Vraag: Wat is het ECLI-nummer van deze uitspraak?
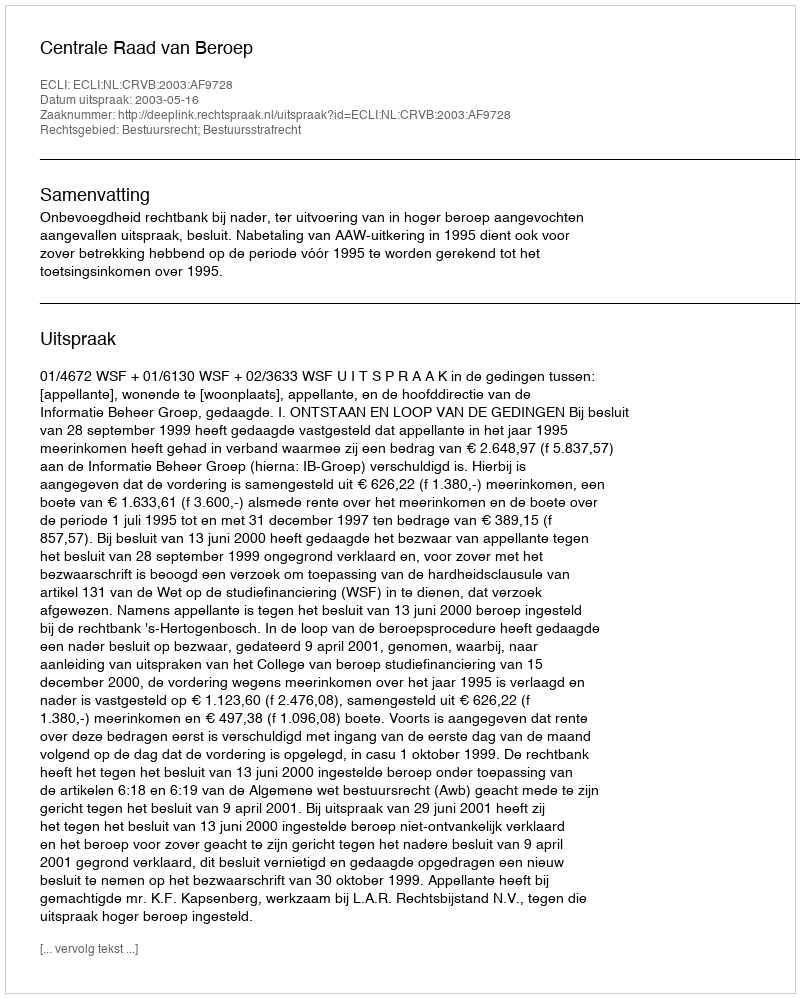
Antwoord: ECLI:NL:CRVB:2003:AF9728